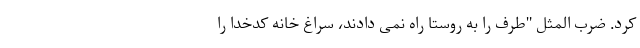
کرد. ضرب المثل "طرف را به روستا راه نمی دادند، سراغ خانه کدخدا را